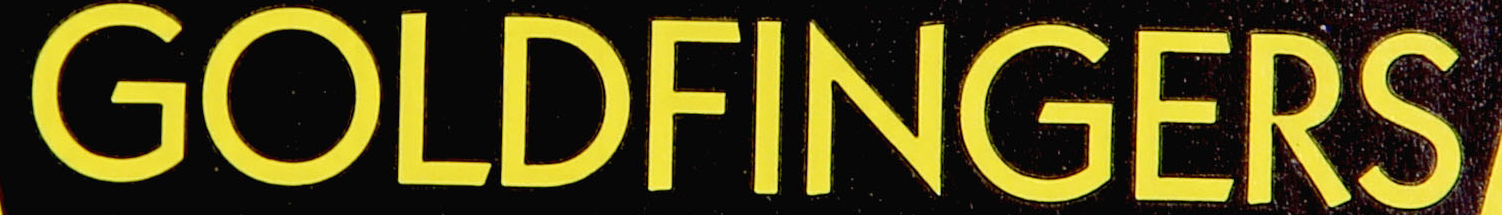
GOLDFINGERS